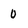
Character: 0